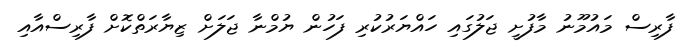
ފާރިސް މައުމޫނު މާފުށީ ޖަލުގައި ހައްޔަރުކުރި ފަހުން ޔުމްނާ ޖަލަށް ޒިޔާރަތްކޮށް ފާރިސްއާއި